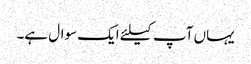
یہاں آپ کیلئے ایک سوال ہے۔